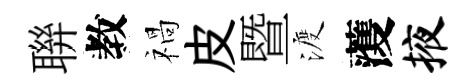
聨教禍皮暨渡𮑮掖